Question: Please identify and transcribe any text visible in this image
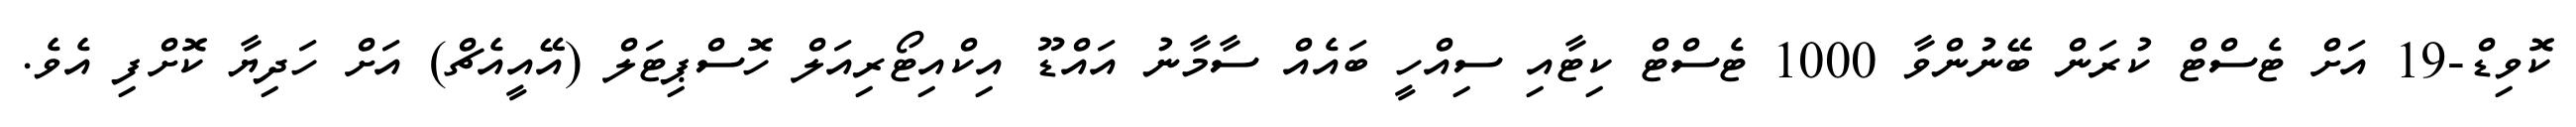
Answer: ކޮވިޑް-19 އަށް ޓެސްޓް ކުރަން ބޭނުންވާ 1000 ޓެސްޓް ކިޓާއި ސިއްހީ ބައެއް ސާމާނު އައްޑޫ އިކްއިޓޯރިއަލް ހޮސްޕިޓަލް (އޭއީއެޗް) އަށް ހަދިޔާ ކޮށްފި އެވެ.